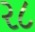
ર૮